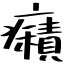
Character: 癪